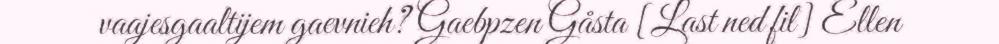
vaajesgaaltijem gaevnieh? Gaebpzen Gåsta [Last ned fil] Ellen